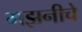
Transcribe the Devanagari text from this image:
गझनीचे